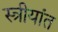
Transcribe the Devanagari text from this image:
स्त्रीयांत